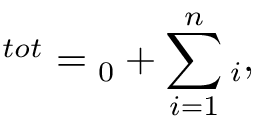
\O ^ { t o t } = \o _ { 0 } + \sum _ { i = 1 } ^ { n } { \o _ { i } } ,